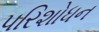
પરિશોધન